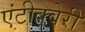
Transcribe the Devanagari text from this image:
एंटीक्वेरी